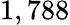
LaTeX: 1,788